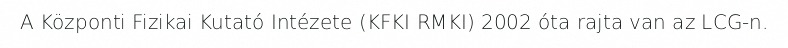
A Központi Fizikai Kutató Intézete (KFKI RMKI) 2002 óta rajta van az LCG‑n.